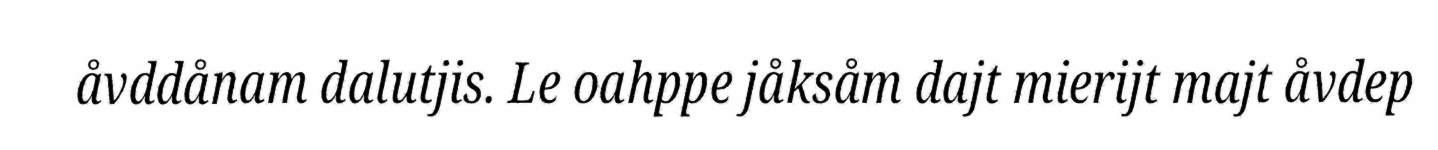
åvddånam dalutjis. Le oahppe jåksåm dajt mierijt majt åvdep